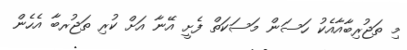
މި ތަޖުރިބާއާއެކު ހަސަން މަސަކަތް ފެށީ އޭނާ އަށް ކުރި ތަޖުރބާ އެހެން